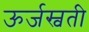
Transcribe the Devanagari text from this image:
ऊर्जस्वती